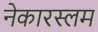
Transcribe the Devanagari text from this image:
नेकारस्लम